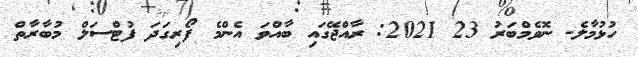
ހުޅުމާލެ- ނޮވެމްބަރު 23 2021: ރާއްޖޭގައި ބާއްވަ އެންމެ ފޯރިގަދަ ފުޓްސަލް މުބާރާތް